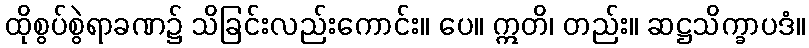
ထိုစွပ်စွဲရာခဏ၌ သိခြင်းလည်းကောင်း။ ပေ။ ဣတိ၊ တည်း။ ဆဋ္ဌသိက္ခာပဒံ။